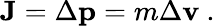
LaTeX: \mathbf{J}=\Delta\mathbf{p}=m\Delta\mathbf{v}~.